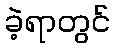
ခဲ့ရာတွင်